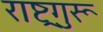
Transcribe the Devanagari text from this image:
राष्ट्रगुरू